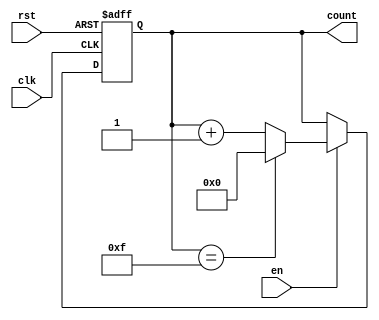
module MemoryBlocksUpCounter #(
    parameter INITIAL_VALUE = 4'b0000,  // Initial value of the counter
    parameter MAX_VALUE = 4'b1111        // Maximum value of the counter
)(
    input wire clk,                      // Clock signal
    input wire rst,                      // Reset signal
    input wire en,                       // Enable signal
    output reg [3:0] count               // 4-bit count output
);

    // Always block for synchronous operation
    always @(posedge clk or posedge rst) begin
        if (rst) begin
            // Asynchronous reset to initial value
            count <= INITIAL_VALUE;
        end else if (en) begin
            // Increment the counter if enabled
            if (count == MAX_VALUE) begin
                // Wrap around to initial value if max value is reached
                count <= INITIAL_VALUE;
            end else begin
                // Increment the count
                count <= count + 1;
            end
        end
    end

endmodule